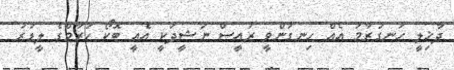
ދާޚިލީ ހަނގުރާމަ އެއް ހިނގަންވީ ރައީސް ނަޝީދަކީ އެއީ ބޮކޯ ހަރާމްގެ ލީޑަރު